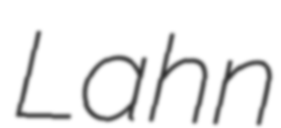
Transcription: Lahn